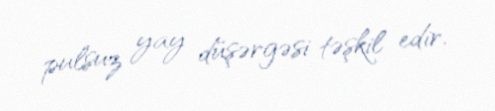
pulsuz yay düşərgəsi təşkil edir.